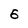
Character: 6